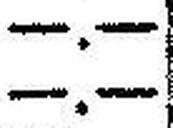
—.—